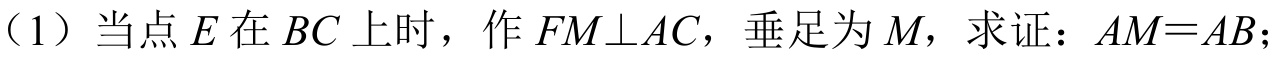
（1）当点\(E\)在\(BC\)上时，作\(FM\perp AC\)，垂足为\(M\)，求证：\(AM = AB\)；